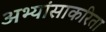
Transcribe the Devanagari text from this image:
अभ्यांसाकरिता